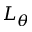
L _ { \theta }